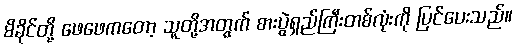
မိခိုင်တို့ ဖေဖေကတော့ သူတို့အတွက် စားပွဲရှည်ကြီးတစ်လုံးကို ပြင်ပေးသည်။